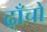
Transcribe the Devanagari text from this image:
ढ़ाँचों